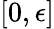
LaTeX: [0,\epsilon]